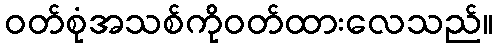
ဝတ်စုံအသစ်ကိုဝတ်ထားလေသည်။